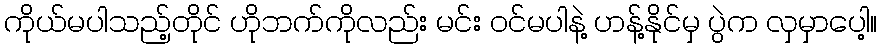
ကိုယ်မပါသည့်တိုင် ဟိုဘက်ကိုလည်း မင်း ဝင်မပါနဲ့ ဟန့်နိုင်မှ ပွဲက လှမှာပေါ့။